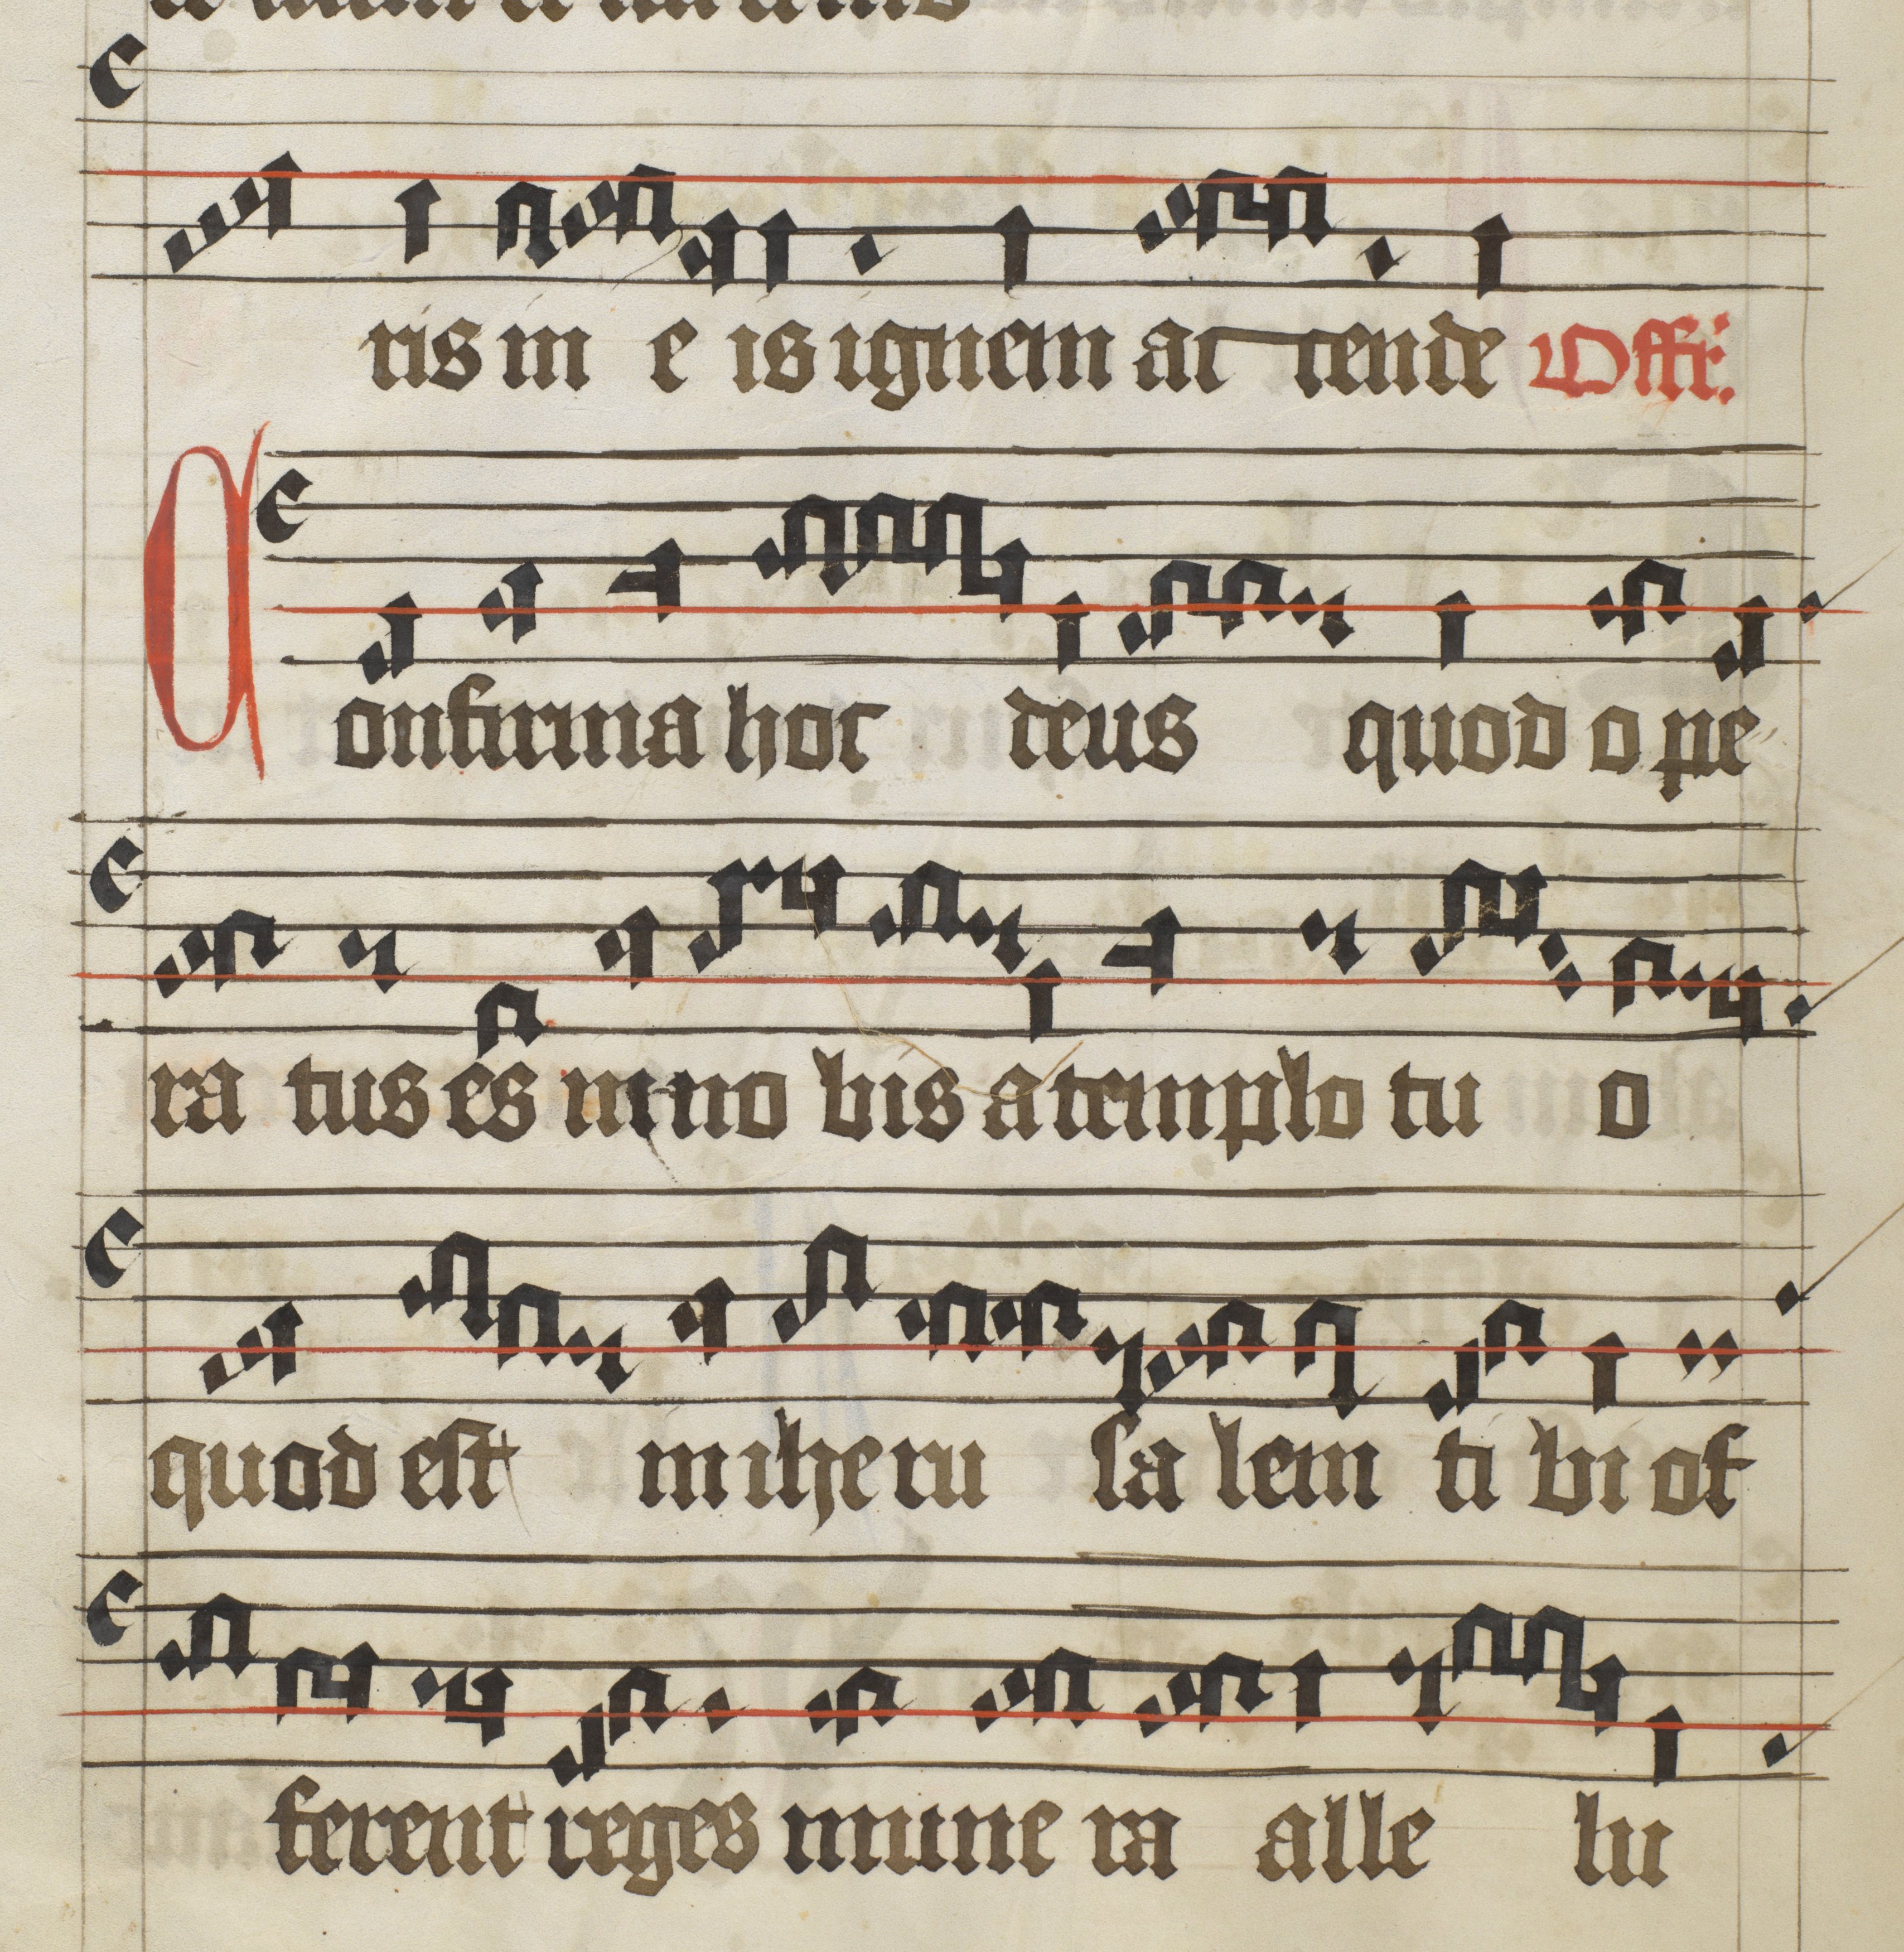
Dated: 1475–1499